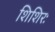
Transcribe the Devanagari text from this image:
शिशिरः